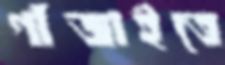
গাঁজাইতে